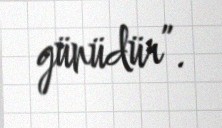
günüdür”.